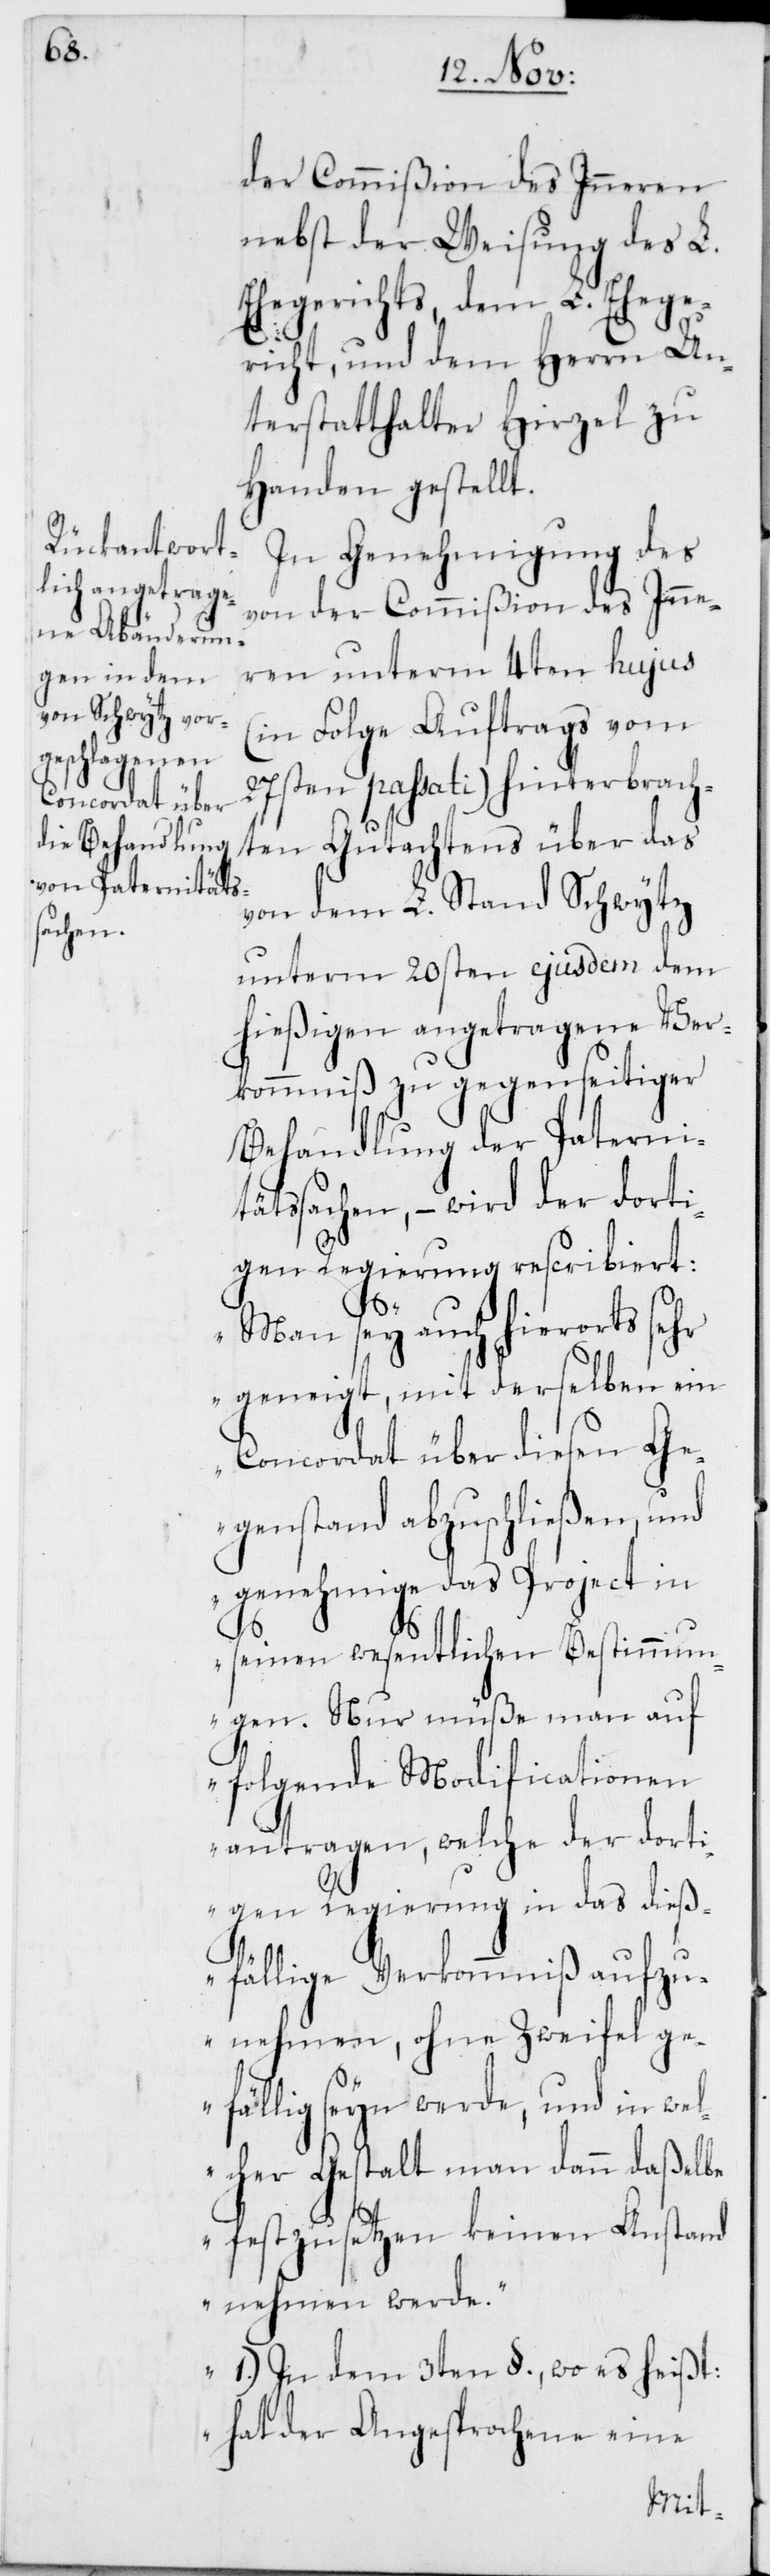
der Commißion des Inneren
nebst der Weisung des L.
Ehegerichts, dem L. Ehege¬
richt, und dem Herrn Un¬
terstatthalter Hirzel zu
Handen gestellt.
In Genehmigung des
von der Commißion des Inne¬
ren unterm 4ten hujus
(in Folge Auftrags vom
27sten passati) hinterbrach¬
ten Gutachtens über das
von dem L. Stand Schwytz
unterm 20sten ejusdem dem
hießigen angetragene Ver¬
kommniß zu gegenseitiger
Behandlung der Paterni¬
tätssachen, – wird der dorti¬
gen Regierung rescribiert:
„Man sey auch hierorts sehr
geneigt, mit derselben ein
Concordat über diesen Ge¬
genstand abzuschließen, und
genehmige das Project in
seinen wesentlichen Bestimmun¬
gen. Nur müße man auf
folgende Modifiactionen
antragen, welche der dorti¬
gen Regierung in das dieß¬
fällige Verkommniß aufzu¬
nehmen, ohne Zweifel ge¬
fällig seyn werde, und in wel¬
cher Gestalt man dann daßelbe
festzusetzen keinen Anstand
nehmen werde.“
„1. In dem 3ten §., wo es heißt:
Hat der Angesprochene eine